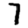
Digit: 7